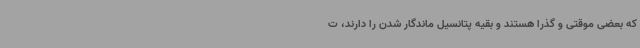
که بعضی موقتی و گذرا هستند و بقیه پتانسیل ماندگار شدن را دارند، ت